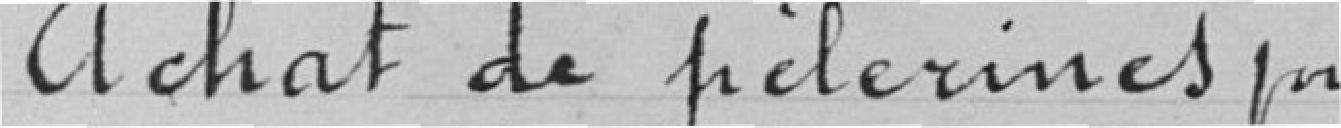
Achat de pèlerines pour